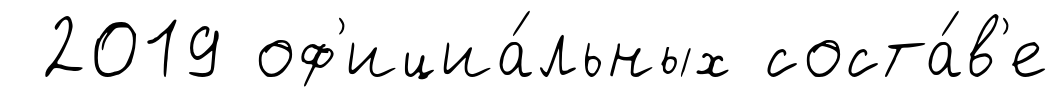
2019 оф'ициа́льных соста́в'е